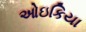
ઓઇકિયા